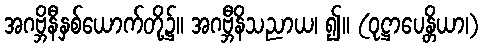
အဂဗ္ဘိနီနှစ်ယောက်တို့၌။ အဂဗ္ဘီနိသညာယ၊ ၍။ (ဝုဋ္ဌာပေန္တိယာ၊)